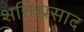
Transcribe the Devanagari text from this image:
शक्तिप्रसाद